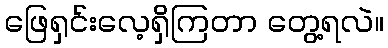
ဖြေရှင်းလေ့ရှိကြတာ တွေ့ရလဲ။